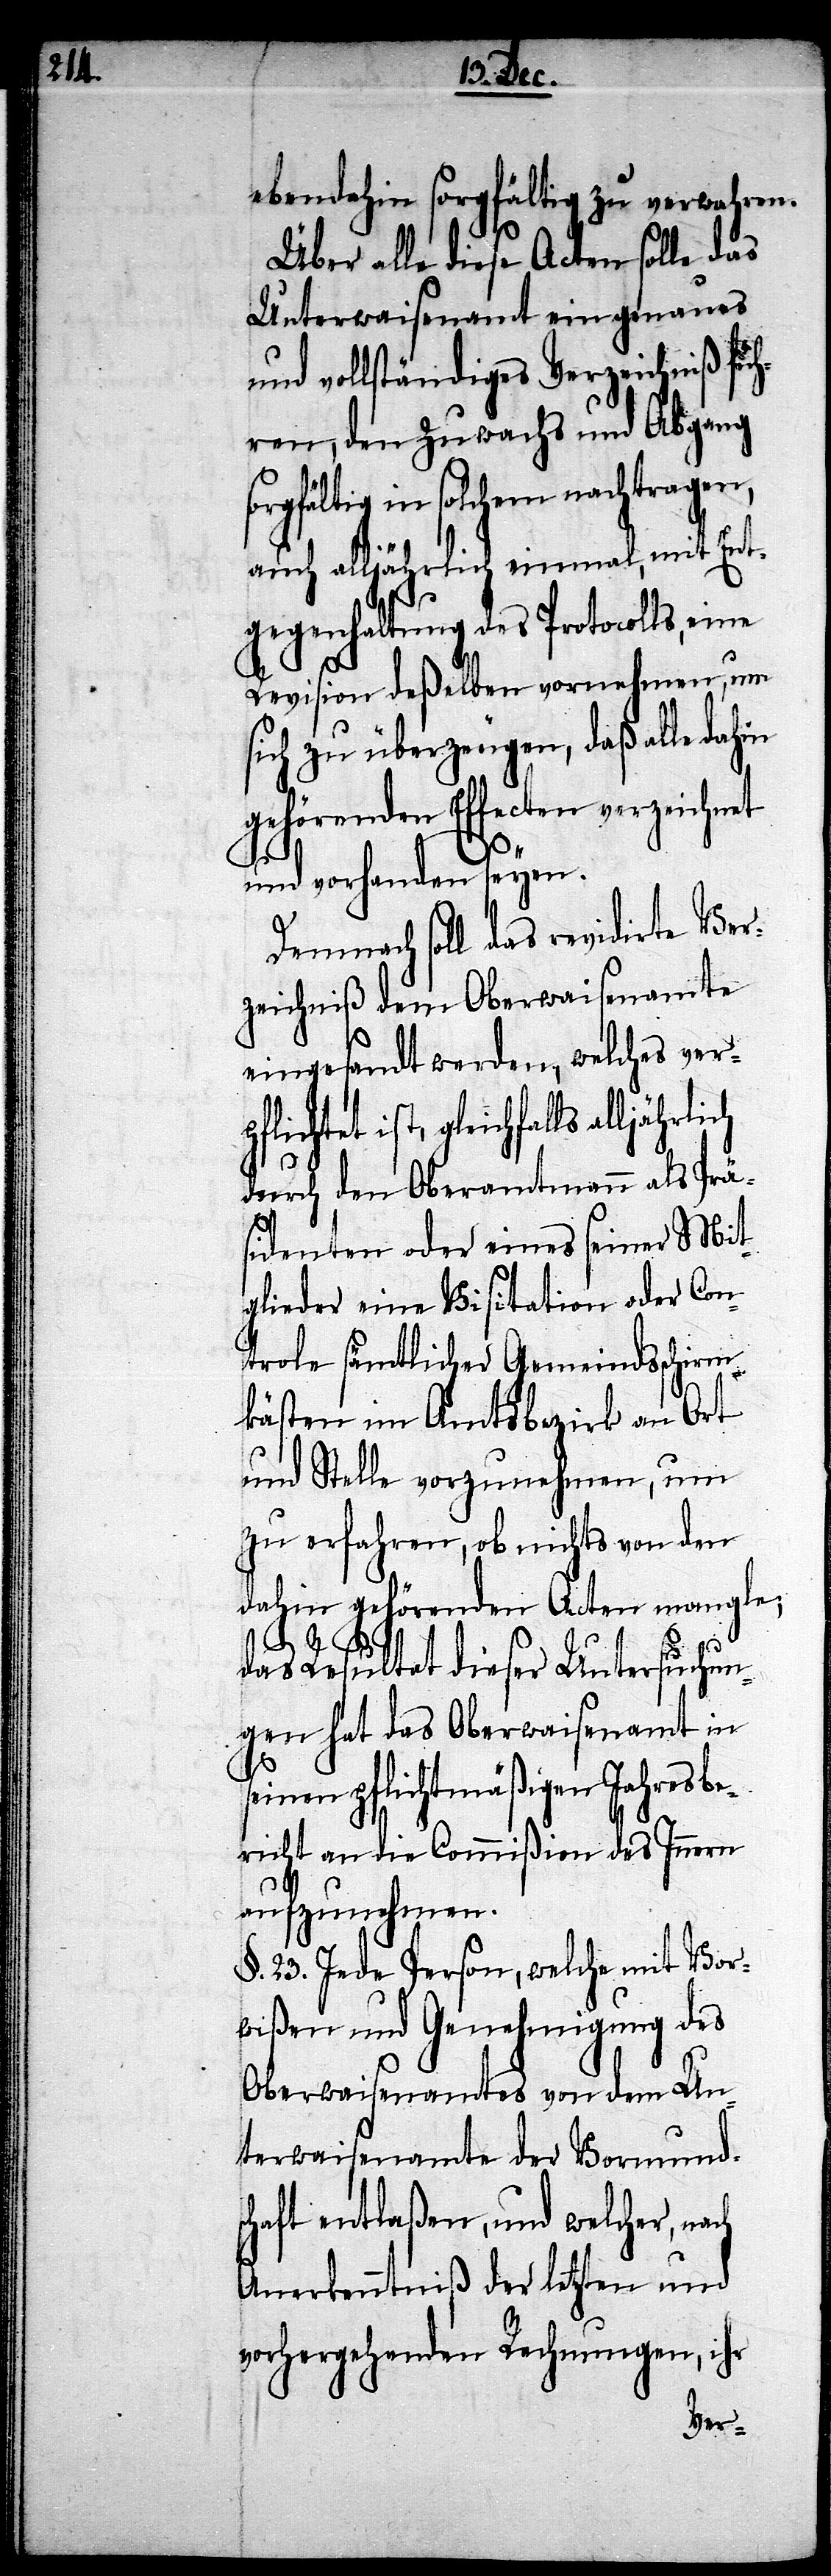
ebendahin sorgfältig zu verwahren.
Über alle diese Acten solle das
Unterwaisenamt ein genaues
und vollständiges Verzeichniß füh¬
ren, den Zuwachs und Abgang
sorgfältig in solchem nachtragen,
auch alljährlich einmal mit Ent¬
gegenhaltung des Protocolls, eine
Revision deßelben vornehmen, um
sich zu überzeugen, daß alle dahin
gehörenden Effecten verzeichnet
und vorhanden seyen.
Demnach soll das revidirte Ver¬
zeichniß dem Oberwaisenamte
eingesandt werden, welches verp¬
flichtet ist, gleichfalls
durch den Oberamtmann als Prä¬
sidenten oder eines seiner Mit¬
glieder eine Visitation oder Con¬
trole sämtlicher Gemeindsschirm¬
kästen im Amtsbezirk an Ort
und Stelle vorzunehmen, um
zu erfahren, ob nichts von den
dahin gehörenden Acten mangle;
ch
das Resultat dieser Untersuchun¬
gen hat das Oberwaisenamt in
einen pflichtmäßigen Jahresbe¬
richt an die Commißion des Innern
aufzunehmen.
§. 23. Jeder Person, welche mit Vor¬
wißen und Genehmigung des
Oberwaisenamtes von dem Un¬
terwaisenamte der Vormunds¬
chaft entlaßen, und welcher, na¬
Anerkenntniß der letzten und
vorhergehenden Rechnungen, ihr